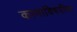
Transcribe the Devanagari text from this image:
कामाविषयीचा